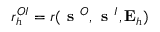
r _ { h } ^ { O I } = r ( \textbf { s } ^ { O } , \textbf { s } ^ { I } , \mathbf { E } _ { h } )